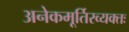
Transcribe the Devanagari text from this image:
अनेकमूर्तिरव्यक्तः